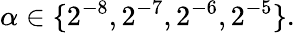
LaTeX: \alpha\in\{ 2^{-8},2^{-7},2^{-6},2^{-5}\} .